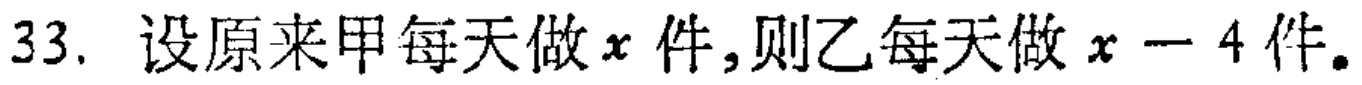
33. 设原来甲每天做\(x\)件,则乙每天做\(x - 4\)件。